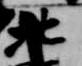
北